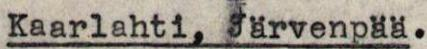
Kaarlahti, Järvenpää.